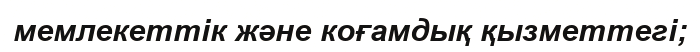
мемлекеттік және коғамдық қызметтегі;